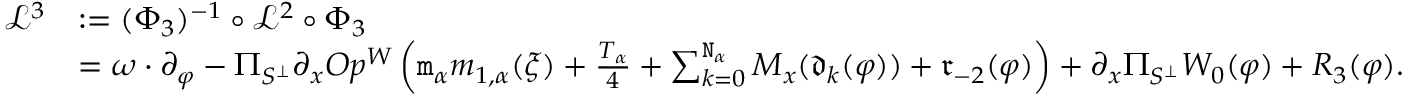
\begin{array} { r l } { \mathcal { L } ^ { 3 } } & { : = ( \Phi _ { 3 } ) ^ { - 1 } \circ \mathcal { L } ^ { 2 } \circ \Phi _ { 3 } } \\ & { = \omega \cdot \partial _ { \varphi } - \Pi _ { S ^ { \perp } } \partial _ { x } O p ^ { W } \left( \mathtt { m } _ { \alpha } m _ { 1 , \alpha } ( \xi ) + \frac { T _ { \alpha } } 4 + \sum _ { k = 0 } ^ { \mathtt { N } _ { \alpha } } M _ { x } ( \mathfrak { d } _ { k } ( \varphi ) ) + \mathfrak { r } _ { - 2 } ( \varphi ) \right) + \partial _ { x } \Pi _ { S ^ { \perp } } W _ { 0 } ( \varphi ) + R _ { 3 } ( \varphi ) . } \end{array}